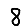
Digit: 8